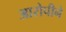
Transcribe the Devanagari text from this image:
आरोपीने